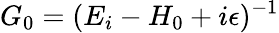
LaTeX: G_{0}=(E_{i}-H_{0}+i\epsilon)^{-1}